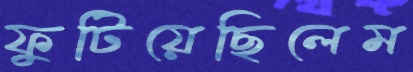
ফুটিয়েছিলেম